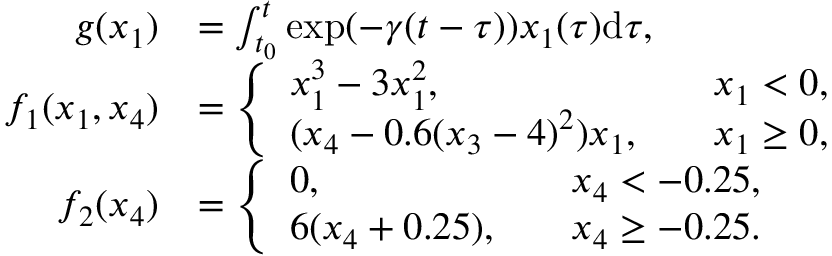
\begin{array} { r l } { g ( x _ { 1 } ) } & { = \int _ { t _ { 0 } } ^ { t } \exp ( - \gamma ( t - \tau ) ) x _ { 1 } ( \tau ) \mathrm { d } { \tau } , } \\ { f _ { 1 } ( x _ { 1 } , x _ { 4 } ) } & { = \left\{ \begin{array} { l l } { x _ { 1 } ^ { 3 } - 3 x _ { 1 } ^ { 2 } , \quad } & { x _ { 1 } < 0 , } \\ { ( x _ { 4 } - 0 . 6 ( x _ { 3 } - 4 ) ^ { 2 } ) x _ { 1 } , \quad } & { x _ { 1 } \geq 0 , } \end{array} \right. } \\ { f _ { 2 } ( x _ { 4 } ) } & { = \left\{ \begin{array} { l l } { 0 , \quad } & { x _ { 4 } < - 0 . 2 5 , } \\ { 6 ( x _ { 4 } + 0 . 2 5 ) , \quad } & { x _ { 4 } \geq - 0 . 2 5 . } \end{array} \right. } \end{array}